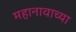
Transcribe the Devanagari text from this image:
महानावाच्या